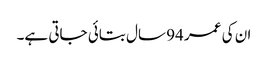
ان کی عمر 94 سال بتائی جاتی ہے۔